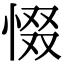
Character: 惙